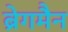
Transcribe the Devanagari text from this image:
ब्रेगमैन